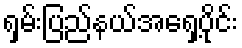
ရှမ်းပြည်နယ်အရှေ့ပိုင်း